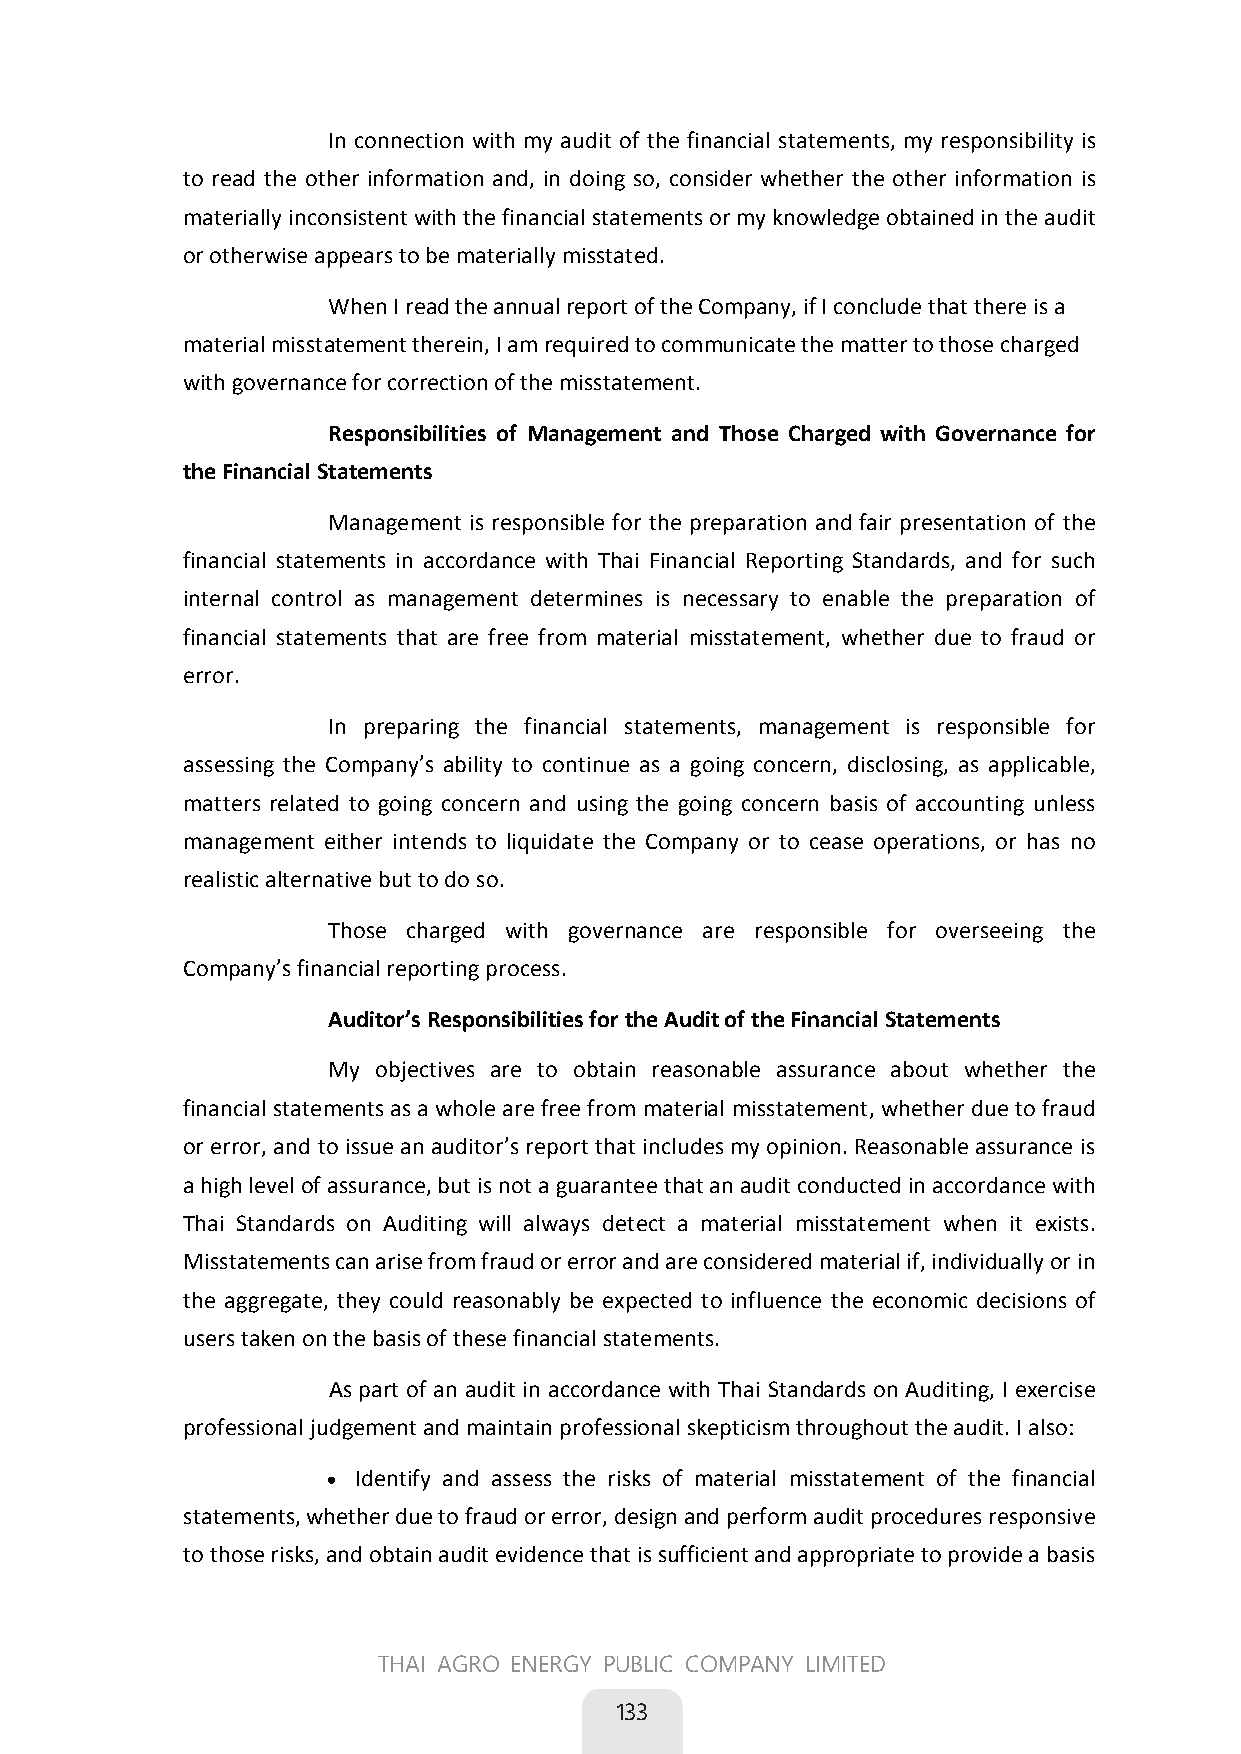
In connection with my audit of the financial statements, my responsibility is
 to read the other information and, in doing so, consider whether the other information is
 materially inconsistent with the financial statements or my knowledge obtained in the audit
 or otherwise appears to be materially misstated.
 When I read the annual report of the Company, if I conclude that there is a
 material misstatement therein, I am required to communicate the matter to those charged
 with governance for correction of the misstatement.
 Responsibilities of Management and Those Charged with Governance for
 the Financial Statements
 Management is responsible for the preparation and fair presentation of the
 financial statements in accordance with Thai Financial Reporting Standards, and for such
 internal control as management determines is necessary to enable the preparation of
 financial statements that are free from material misstatement, whether due to fraud or
 error.
 In preparing the financial statements, management is responsible for
 assessing the Company’s ability to continue as a going concern, disclosing, as applicable,
 matters related to going concern and using the going concern basis of accounting unless
 management either intends to liquidate the Company or to cease operations, or has no
 realistic alternative but to do so.
 Those charged with governance are responsible for overseeing the
 Company’s financial reporting process.
 Auditor’s Responsibilities for the Audit of the Financial Statements
 My objectives are to obtain reasonable assurance about whether the
 financial statements as a whole are free from material misstatement, whether due to fraud
 or error, and to issue an auditor’s report that includes my opinion. Reasonable assurance is
 a high level of assurance, but is not a guarantee that an audit conducted in accordance with
 Thai Standards on Auditing will always detect a material misstatement when it exists.
 Misstatements can arise from fraud or error and are considered material if, individually or in
 the aggregate, they could reasonably be expected to influence the economic decisions of
 users taken on the basis of these financial statements.
 As part of an audit in accordance with Thai Standards on Auditing, I exercise
 professional judgement and maintain professional skepticism throughout the audit. I also:
  Identify and assess the risks of material misstatement of the financial
 statements, whether due to fraud or error, design and perform audit procedures responsive
 to those risks, and obtain audit evidence that is sufficient and appropriate to provide a basis
 123
 THAI AGRO ENERGY PUBLIC COMPANY LIMITED
 133